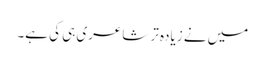
میں نے زیادہ تر شاعری ہی کی ہے۔